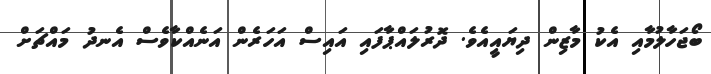
ބޯޖަހާލުމާއި އެކު މާޒިން ދިޔައީއެވެ. ދޮރުލައްޕާފައި އައިސް އަހަރެން އަނެއްކާވެސް އެނދު މައްޗަށް